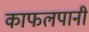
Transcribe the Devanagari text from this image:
काफलपानी